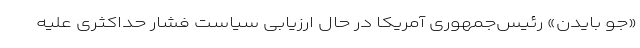
«جو بایدن» رئیس‌جمهوری آمریکا در حال ارزیابی سیاست فشار حداکثری علیه